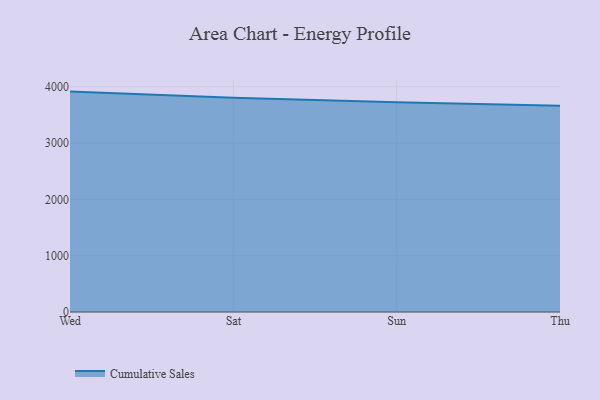
{"axis": {"x": "Day", "y": "Production Output"}, "legend": ["Cumulative Sales"], "data": [{"x": "Wed", "y": 3913.3, "type": "Cumulative Sales"}, {"x": "Sat", "y": 3806.3, "type": "Cumulative Sales"}, {"x": "Sun", "y": 3722.3, "type": "Cumulative Sales"}, {"x": "Thu", "y": 3660.9, "type": "Cumulative Sales"}]}